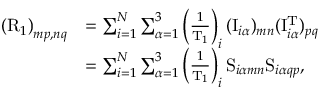
\begin{array} { r l } { \left( \mathrm { R } _ { 1 } \right) _ { m p , n q } } & { = \sum _ { i = 1 } ^ { N } \sum _ { \alpha = 1 } ^ { 3 } \left( \frac { 1 } { \mathrm { T } _ { 1 } } \right) _ { i } ( \mathrm { I } _ { i \alpha } ) _ { m n } ( \mathrm { I } _ { i \alpha } ^ { \mathrm { T } } ) _ { p q } } \\ & { = \sum _ { i = 1 } ^ { N } \sum _ { \alpha = 1 } ^ { 3 } \left( \frac { 1 } { \mathrm { T } _ { 1 } } \right) _ { i } \mathrm { S } _ { i \alpha m n } \mathrm { S } _ { i \alpha q p } , } \end{array}